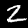
Digit: 2